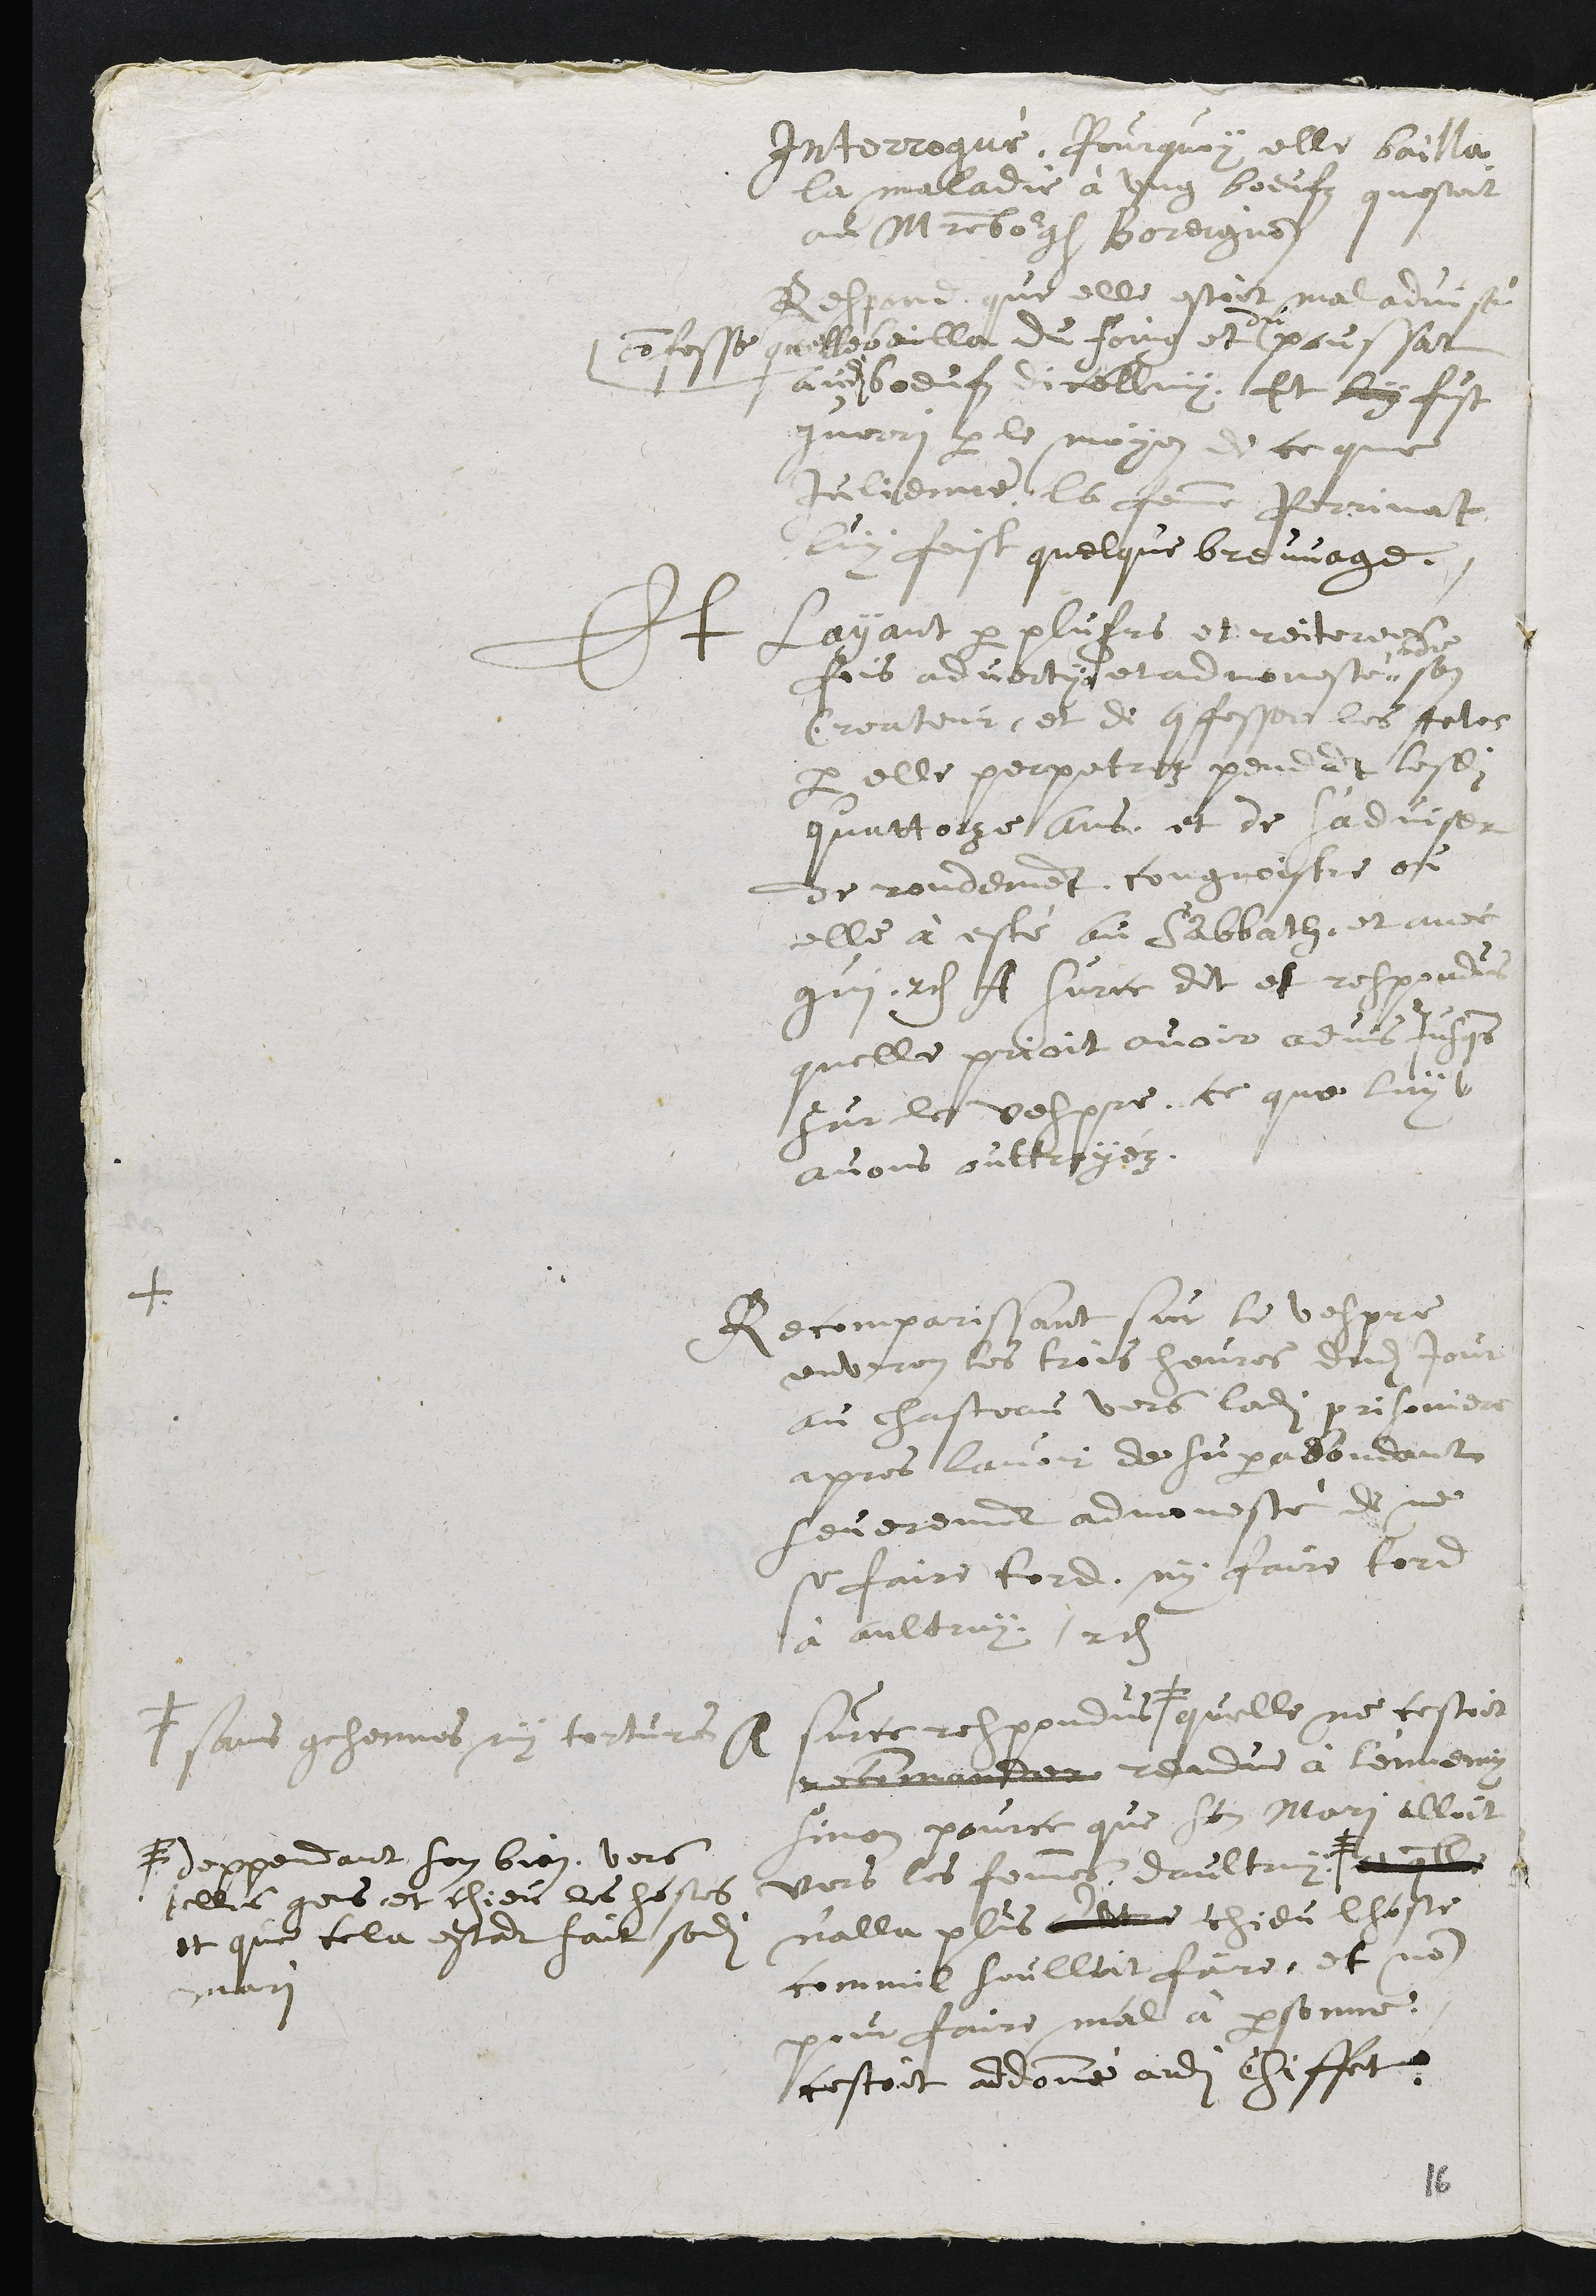
Interrogue. Pourquoy elle bailla
la maladie à ung boeufz questoit
au maistre bourgeois Boreignon
Respond, quelle estoit maladvisé
confesse quelle bailla du foing et
du
poussat
audit boeufz dicelluy. Et luy fust
guerri par le moyen de ce que
Julienne, la femme Perrinat
luy feist quelque breuvage.
Et layant par plusieurs et reiterees
fois advertye et admonesté "
" de
son
Createur, et de confesser les Actes
par elle perpetrez pendant lesdits
quattorze ans, et de s'adviser
de rondement congnoistre ou
elle à esté au Sabbath, et avec
qui. res A Sur ce dit et respondus
quelle prioit avoir jusque
sur le vespre, ce que luy
avons outtroyéz.
Recomparissant sur le vespre
environ les trois heures dudit jour
au chasteau vers ladite prisoniere
apres lavoir dehu parabondant
severement admonesté de ne
se faire tord, ny faire tord
à aultruy. res
Sur ce respondus #
# sans gehennes niy tortures
quelle ne cestoit
recommander rendue à l'ennemy
sinon pour ce que son mari alloit
vers les femmes daultruy : #
# deppendant son bien, vers
icelles que est chieu les hostes
et que cela estant fait sondit
mari
et quelle
nalla plus altre chieu lhoste
commil soulloit faire, et non
pour faire mal à personne,
cestoit addonné audit Chiffet.